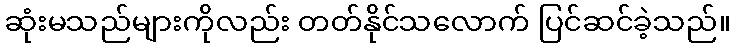
ဆုံးမသည်များကိုလည်း တတ်နိုင်သလောက် ပြင်ဆင်ခဲ့သည်။